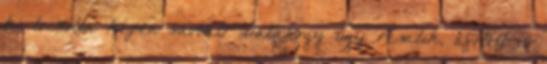
ki locsolta képen savval? Valahogy úgy rémlik, efölött is